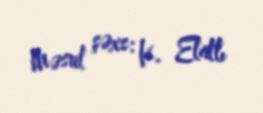
Məsul şəxs: K. Elatlı